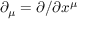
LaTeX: \partial _ { \mu } = \partial / \partial x ^ { \mu }